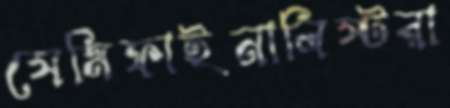
সেমিফাইনালিস্টরা